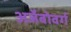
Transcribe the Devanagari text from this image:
अर्जेबोवर्ग